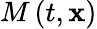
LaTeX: M\left(t,\mathbf{x}\right)